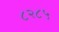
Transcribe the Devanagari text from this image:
८२८५